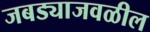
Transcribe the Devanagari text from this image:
जबड्याजवळील